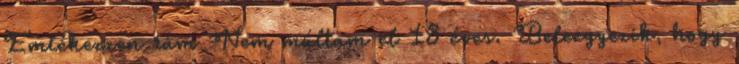
Emlékezzen rám Nem múltam el 18 éves. Beleegyezik, hogy